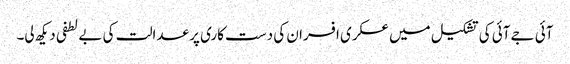
آئی جے آئی کی تشکیل میں عسکری افسران کی دست کاری پر عدالت کی بے لطفی دیکھ لی۔